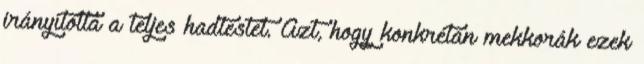
irányította a teljes hadtestet. Azt, hogy konkrétan mekkorák ezek